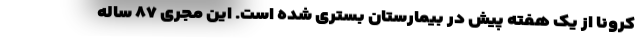
کرونا از یک هفته پیش در بیمارستان بستری شده است. این مجری ۸۷ ساله